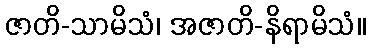
ဇာတိ-သာမိသံ၊ အဇာတိ-နိရာမိသံ။